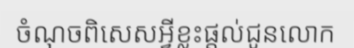
ចំណុចពិសេសអ្វីខ្លះផ្តល់ជូនលោក